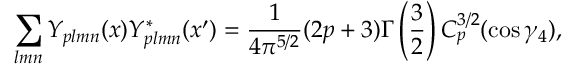
\sum _ { l m n } Y _ { p l m n } ( x ) Y _ { p l m n } ^ { * } ( x ^ { \prime } ) = \frac { 1 } { 4 \pi ^ { 5 / 2 } } ( 2 p + 3 ) \Gamma \left( \frac { 3 } { 2 } \right) C _ { p } ^ { 3 / 2 } ( \cos \gamma _ { 4 } ) ,